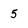
Character: 5